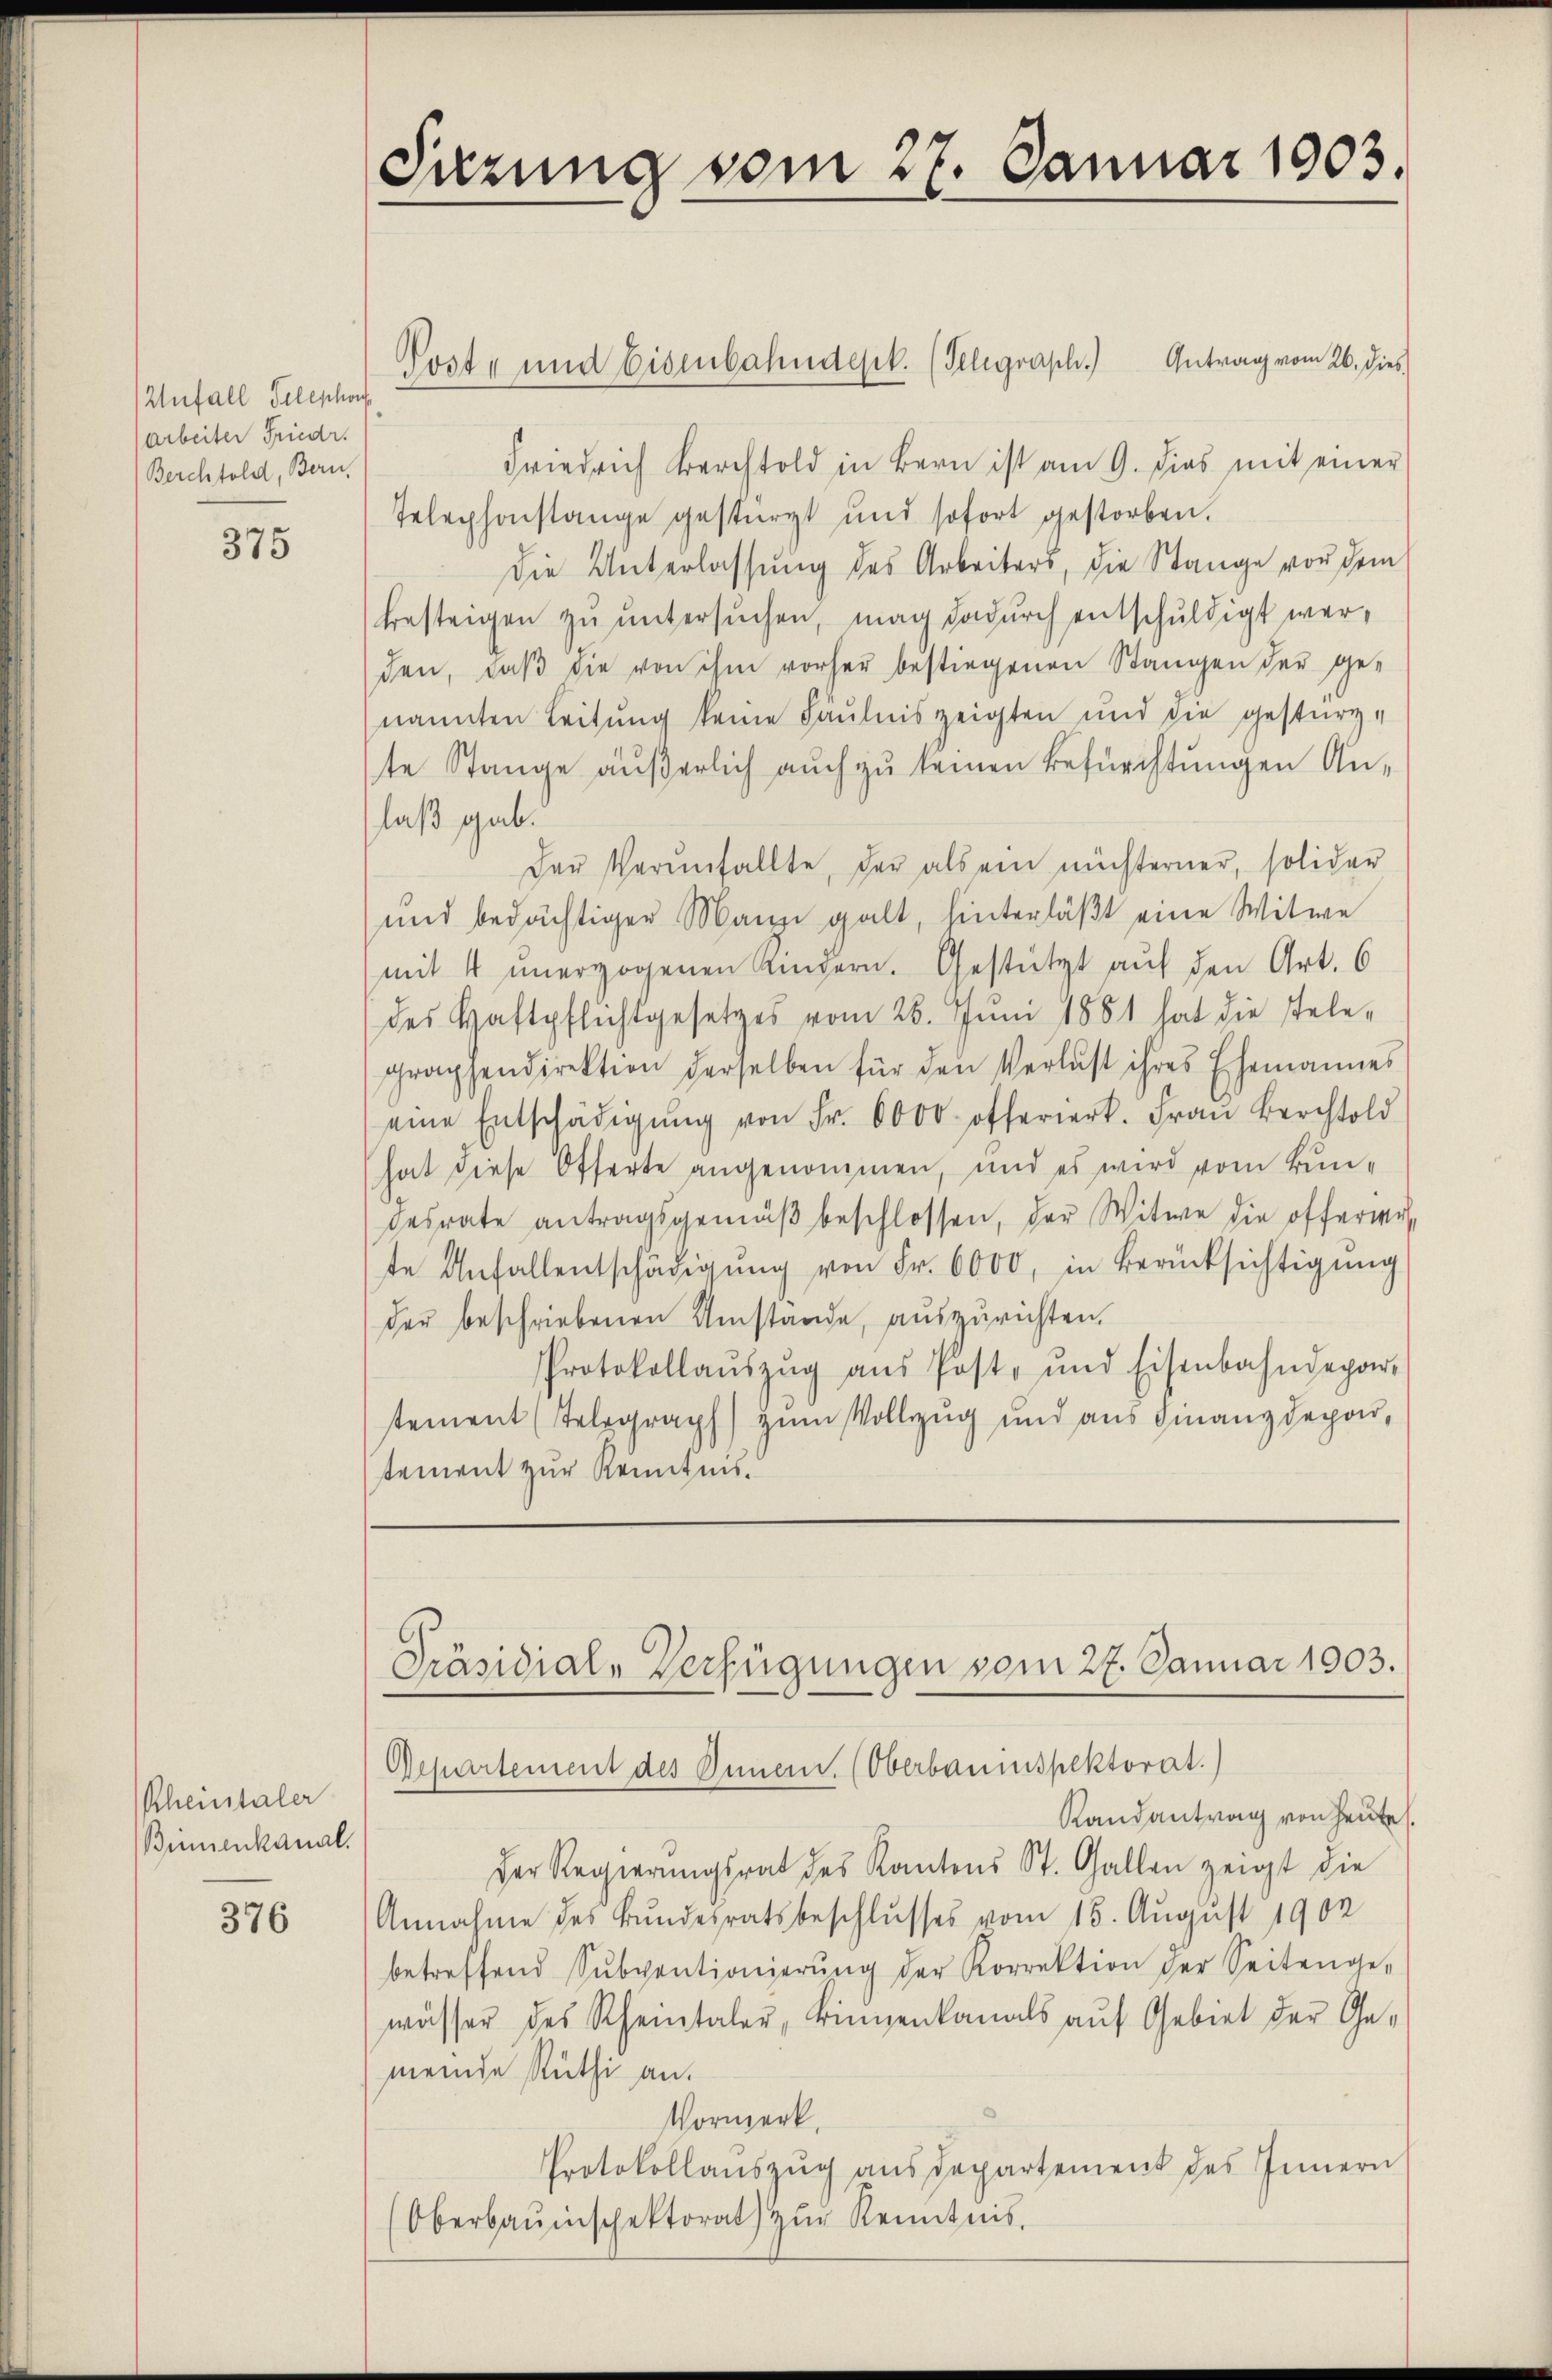
Unfall Telephon
arbeiter Friedr.
Berchtold, Bern,

375

Rheintaler
Binnenkanal.

376

Friedrich Berchtold in Bern ist am 9. dies mit einer
Telephonstange gestürzt und sofort gestorben.
Die Unterlassung des Arbeiters, die Stange von dem
besteigen zu untersuchen, man dadurch entschuldigt werden, daβ die von ihm vorher bestiegenen Stangen der ge-
nannten Leitung keine Fäulnis zeigten und die gestürzte Stange äußerlich auch zu keinen Befürchtungen Anlaß gab.
Der Vereinfallte, der als ein nichterner, solider
und bedächtiger Mann galt, hinterläßt eine Witwe
mit 4 unerzogenen Kingern. Gestützt auf den Art. 6
des Haftpflichtgesetzes vom 26. Juni 1881 hat die stele-
graphendirektion derselben für den Verlust ihres Ehemannes
eine Entschädigŭng von Fr. 6000. offeriert. Fraŭ Berchtold
hat diese Offerte angenommen, und es wird vom Bundesrate antragsgemäβ beschlossen, der Witwe die offerwerte Anfallentschädigŭng von Fr. 6000, in Berücksichtigung
der beschriebenen Umstände, auszurichten.
Protokollaŭszŭg aŭs Post- und Eisenbahndepar-
stement (Telegraph) zum Vollzug und aus Finanzdeponistement zur Kenntnis.

Sitzung vom 27. Januar 1903.

Post- und Eisenbahnderet. (Telegraph.) Antrag vom 26. dies

Präsidial-Verfügungen vom 27. Januar 1903.
Repartement des Innern. (Oberbaumspektorat.)

Randantrag von heute.
Der Regierŭngsrat des Kantons St. Gallen zeigt die
Annahme des Bundesratsbeschlusses vom 15. August 1902
betreffend Subventionierŭng der Korrektion der Seitenge-
wässer des Rheintaler, Binnenkanals auf Gebiet der Ge-
meinde Rüti an.
Vormerk
Protokollaŭszŭg aŭs departement des Innern
Oberbaŭinschektorat zŭr Kenntnis.